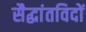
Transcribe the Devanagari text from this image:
सैद्धांतविदों